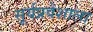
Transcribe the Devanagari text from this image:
सूर्यप्रवेशाला